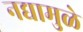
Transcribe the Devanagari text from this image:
नद्यामुळे